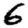
Digit: 6